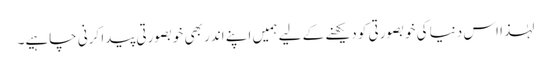
لہٰذا اس دنیا کی خوبصورتی کو دیکھنے کے لیے ہمیں اپنے اندر بھی خوبصورتی پیدا کرنی چاہیے۔